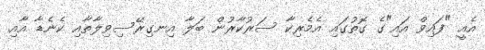
އެއީ "ފައިވް އައި"ގެ ގޮތުގައި އެމެރިކާ ސަރުކާރުން ބަލާ އިނގިރޭސިވިލާތާއި ކެނެޑާ އާއި